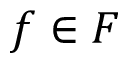
f \in F